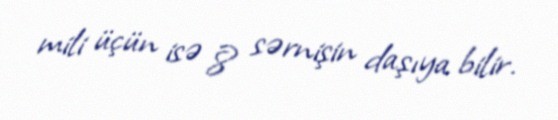
mili üçün isə 8 sərnişin daşıya bilir.